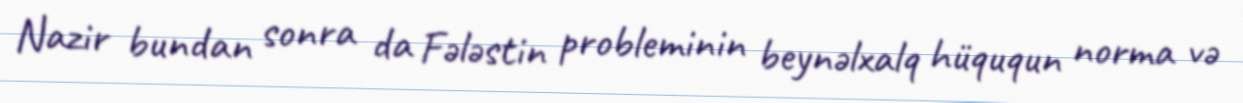
Nazir bundan sonra da Fələstin probleminin beynəlxalq hüququn norma və